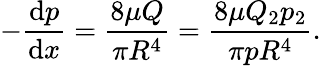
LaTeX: -{\frac{\mathrm{d}p}{\mathrm{d}x}}={\frac{8\mu Q}{\pi R^{4}}}={\frac{8\mu Q_{2}p_{2}}{\pi pR^{4}}}.